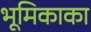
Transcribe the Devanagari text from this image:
भूमिकाका